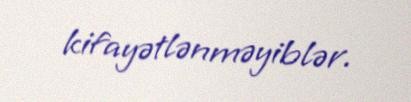
kifayətlənməyiblər.